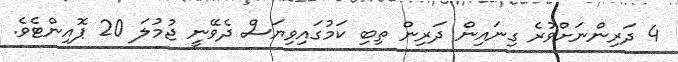
4 ދަރިންނަށްވުރެ ގިނައިން ދަރިން ތިބި ކަމުގައިވިޔަސް ދެވޭނީ ޖުމުލަ 20 ޕޮއިންޓެވެ.